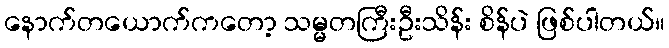
နောက်တယောက်ကတော့ သမ္မတကြီးဦးသိန်း စိန်ပဲ ဖြစ်ပါတယ်။